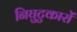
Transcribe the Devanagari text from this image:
निघुटुकारों